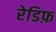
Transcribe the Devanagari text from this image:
रेडिफ़